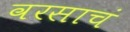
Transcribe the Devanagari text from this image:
वरसाचं